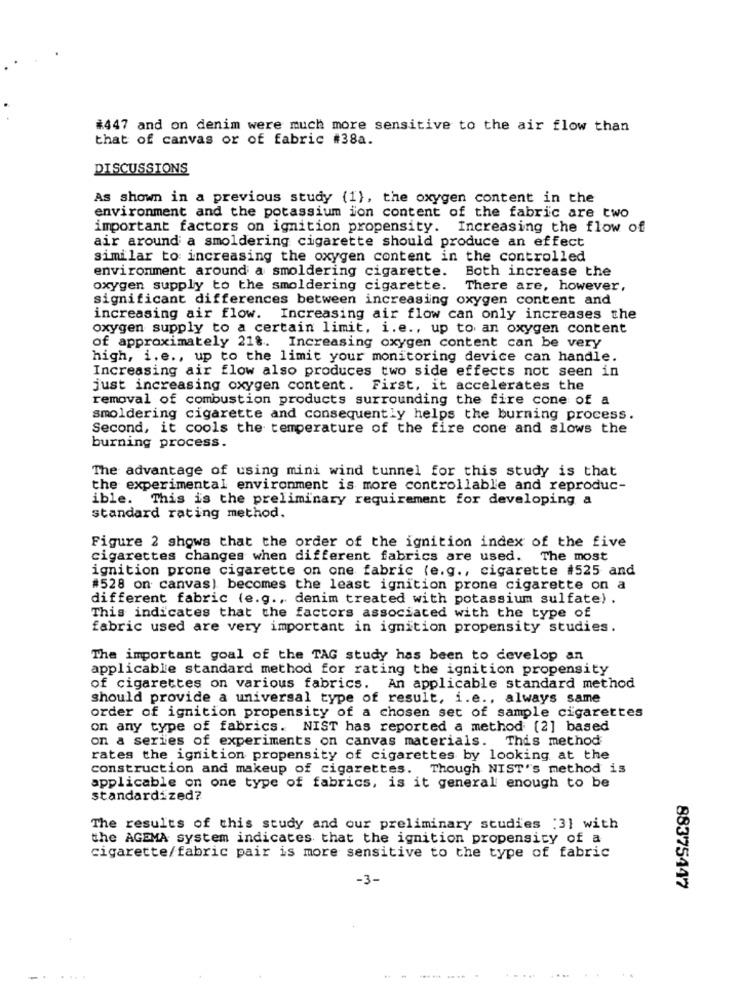
#447 and on denim were much more sensitive to the air flow than
that of canvas or of fabric #38a.
DISCUSSIONS
As shown in a previous study (1), the oxygen content in the
environment and the potassium ion content of the fabric are two
important factors on ignition propensity. Increasing the flow of
air around a smoldering cigarette should produce an effect
similar to increasing the oxygen content in the controlled
environment around a smoldering cigarette. Both increase the
oxygen supply to the smoldering cigarette.
There are, however,
significant differences between increasing oxygen content and
increasing air flow. Increasing air flow can only increases the
oxygen supply to a certain limit, i.e ., up to an oxygen content
of approximately 21%. Increasing oxygen content can be very
high, i.e ., up to the limit your monitoring device can handle.
Increasing air flow also produces two side effects not seen in
just increasing oxygen content. First, it accelerates the
removal of combustion products surrounding the fire cone of a
smoldering cigarette and consequently helps the burning process.
Second, it cools the temperature of the fire cone and slows the
burning process.
The advantage of using mini wind tunnel for this study is that
the experimental environment is more controllable and reproduc-
ible. This is the preliminary requirement for developing a
standard rating method.
Figure 2 shows that the order of the ignition index of the five
cigarettes changes when different fabrics are used. The most
ignition prone cigarette on one fabric (e.g ., cigarette #525 and
#528 on canvas) becomes the least ignition prone cigarette on a
different fabric (e.g ., denim treated with potassium sulfate) .
This indicates that the factors associated with the type of
fabric used are very important in ignition propensity studies.
The important goal of the TAG study has been to develop an
applicable standard method for rating the ignition propensity
of cigarettes on various fabrics. An applicable standard method
should provide a universal type of result, i.e ., always same
order of ignition propensity of a chosen set of sample cigarettes
on any type of fabrics. NIST has reported a method [2] based
on a series of experiments on canvas materials. This method
rates the ignition propensity of cigarettes by looking at the
construction and makeup of cigarettes. Though NIST's method is
applicable on one type of fabrics, is it general enough to be
standardized?
The results of this study and our preliminary studies :31 with
the AGEMA system indicates that the ignition propensity of a
cigarette/fabric pair is more sensitive to the type of fabric
-3-
88375447
.- -- --- -